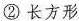
② 长方形